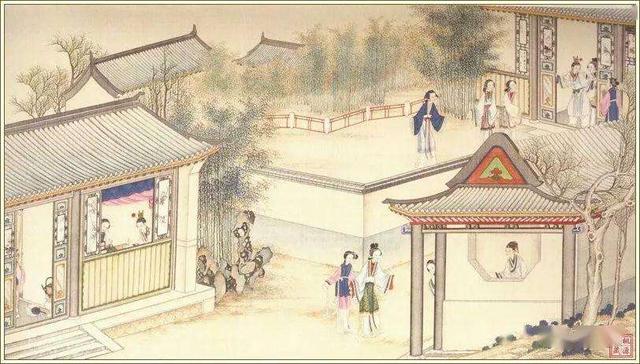
明月，明月，胡笳一声愁绝。